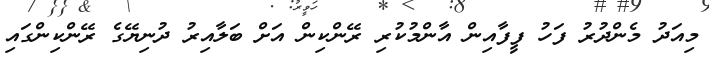
މިއަދު މެންދުރު ފަހު ފީފާއިން އާންމުކުރި ރޭންކިން އަށް ބަލާއިރު ދުނިޔޭގެ ރޭންކިންގައި